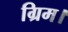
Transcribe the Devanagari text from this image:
ग्रिम।